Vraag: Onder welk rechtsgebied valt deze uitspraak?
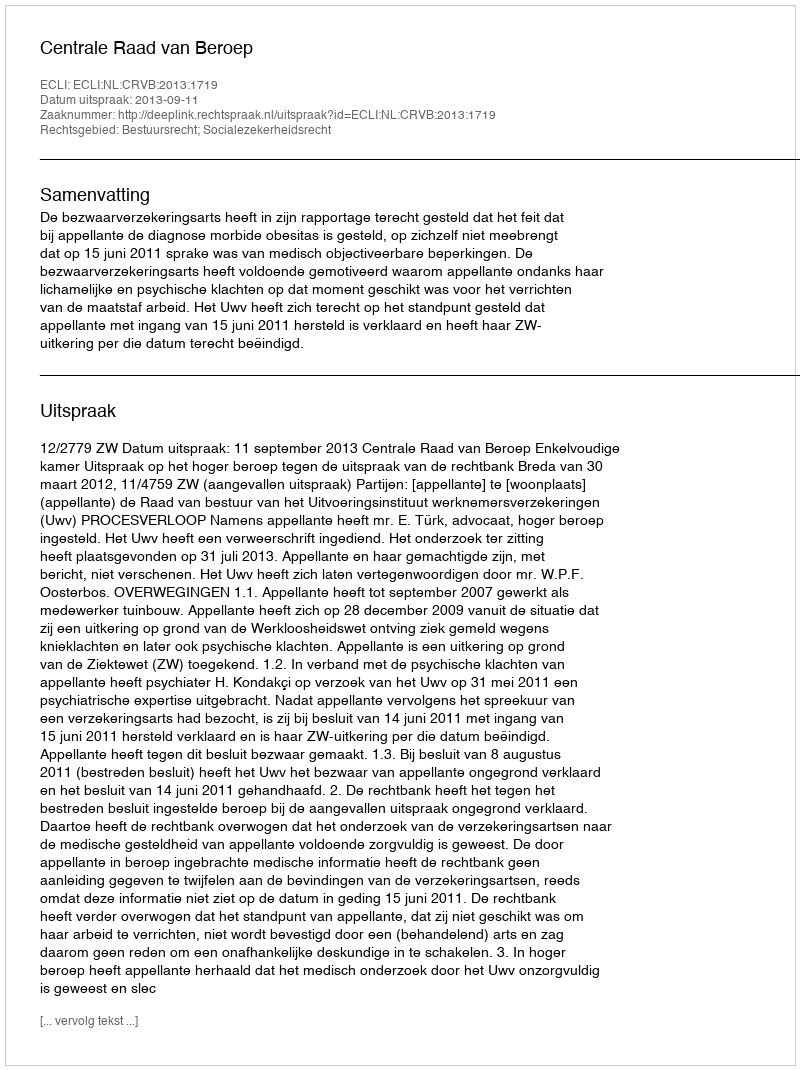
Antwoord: Bestuursrecht; Socialezekerheidsrecht